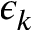
\epsilon _ { k }